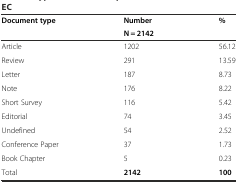
| <ROWSPAN=2> Document type | Number | <ROWSPAN=2> % |
 | N = 2142 |
 | --- | --- | --- |
 | Article | 1202 | 56.12 |
 | Review | 291 | 13.59 |
 | Letter | 187 | 8.73 |
 | Note | 176 | 8.22 |
 | Short Survey | 116 | 5.42 |
 | Editorial | 74 | 3.45 |
 | Undefined | 54 | 2.52 |
 | Conference Paper | 37 | 1.73 |
 | Book Chapter | 5 | 0.23 |
 | Total | 2142 | 100 |